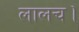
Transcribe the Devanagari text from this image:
लालच।